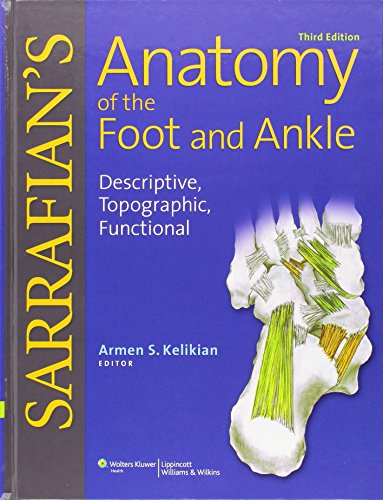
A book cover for Sarrafian's Anatomy of the Foot and Ankle: Descriptive, Topographic, Functional; Medical Books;